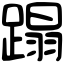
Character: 蹋